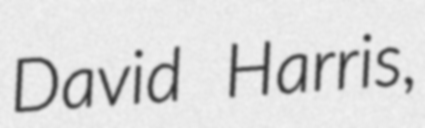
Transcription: David Harris,